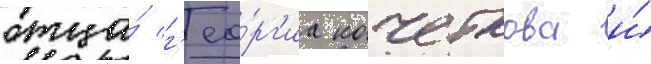
отца́ г'ео́рг'иа кочеткова и́